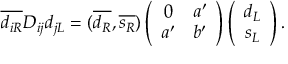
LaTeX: \overline { { { d _ { i R } } } } D _ { i j } d _ { j L } = ( \overline { { { d _ { R } } } } , \overline { { { s _ { R } } } } ) \left( \begin{array} { c c } { { 0 } } & { { a ^ { \prime } } } \\ { { a ^ { \prime } } } & { { b ^ { \prime } } } \end{array} \right) \left( \begin{array} { c } { { d _ { L } } } \\ { { s _ { L } } } \end{array} \right) .